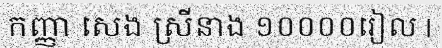
កញ្ញា សេង ស្រីនាង ១០០០០រៀល |